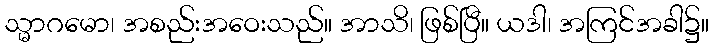
သ္မာဂမော၊ အစည်းအဝေးသည်။ အာသိ၊ ဖြစ်ပြီ။ ယဒါ၊ အကြင်အခါ၌။